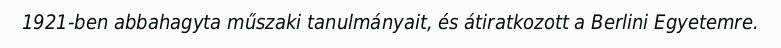
1921-ben abbahagyta műszaki tanulmányait, és átiratkozott a Berlini Egyetemre.